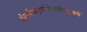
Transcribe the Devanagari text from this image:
क्षेमस्थैर्यायुरारोग्यैश्वर्याभ्युदयार्थं